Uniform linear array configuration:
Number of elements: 4
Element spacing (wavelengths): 0.25
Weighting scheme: exponential
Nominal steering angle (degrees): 60
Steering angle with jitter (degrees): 61.314
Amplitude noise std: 0.05
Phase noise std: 0.05

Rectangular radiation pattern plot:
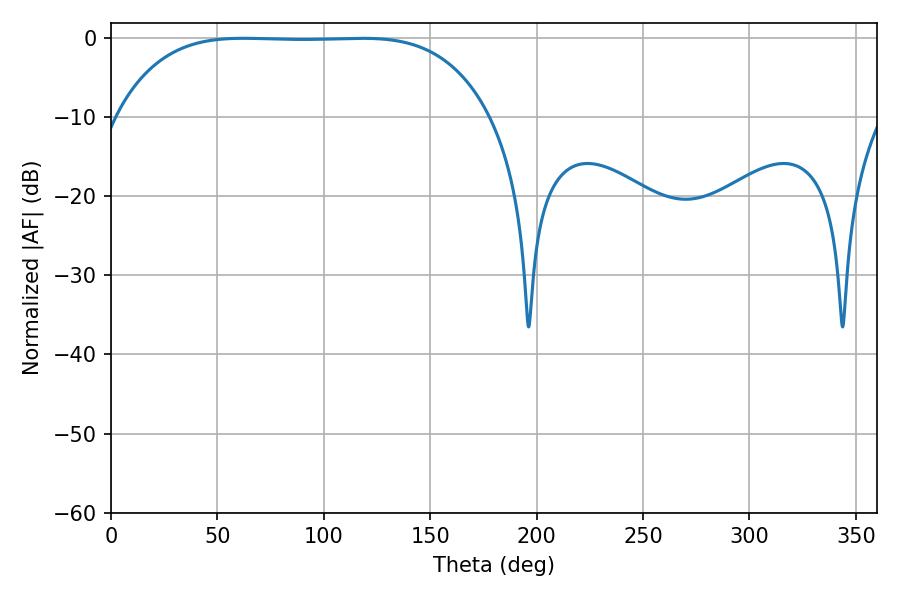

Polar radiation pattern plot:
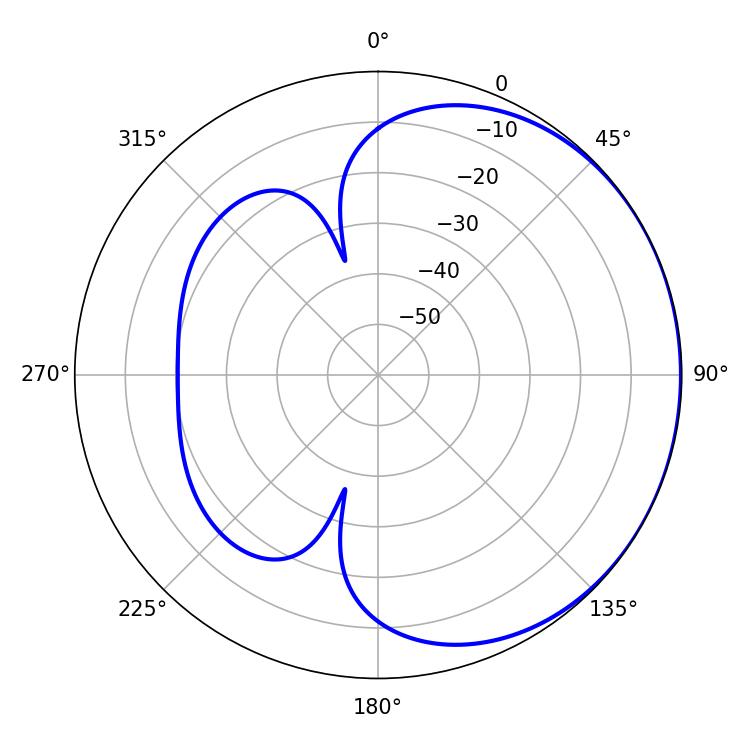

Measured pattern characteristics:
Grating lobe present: FALSE
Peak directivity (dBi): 0.6117
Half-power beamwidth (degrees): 135.36
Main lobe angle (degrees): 62.28